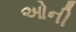
ઓની